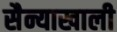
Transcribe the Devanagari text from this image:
सैन्याखाली